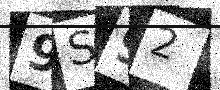
Text: 9S92